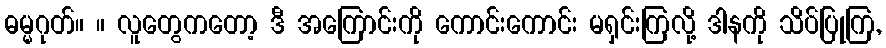
ဓမ္မဂုတ်။ ။ လူတွေကတော့ ဒီ အကြောင်းကို ကောင်းကောင်း မရှင်းကြလို့ ဒါနကို သိပ်ပြုကြ,